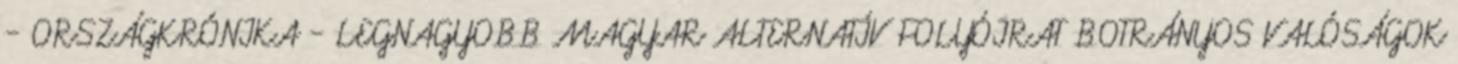
- ORSZÁGKRÓNIKA - LEGNAGYOBB MAGYAR ALTERNATÍV FOLYÓIRAT BOTRÁNYOS VALÓSÁGOK